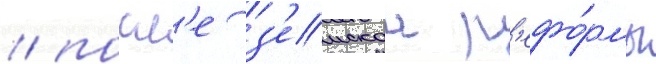
/ посл'е з'емскои р'ефо́рмы